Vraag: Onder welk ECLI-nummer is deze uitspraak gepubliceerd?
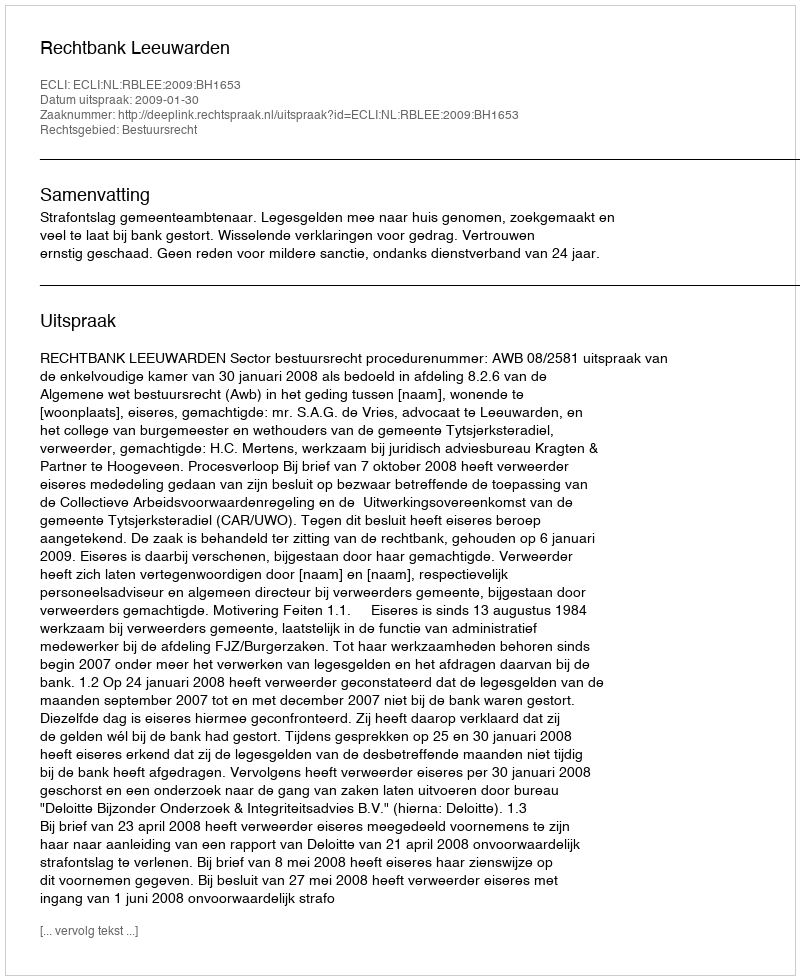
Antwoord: ECLI:NL:RBLEE:2009:BH1653